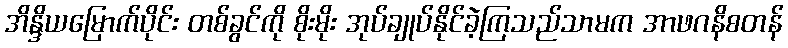
အိန္ဒိယမြောက်ပိုင်း တစ်ခွင်ကို စိုးမိုး အုပ်ချုပ်နိုင်ခဲ့ကြသည်သာမက အာဖဂနိစတန်